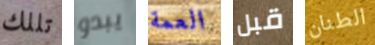
تللك يبدو العمة قبل الطنان